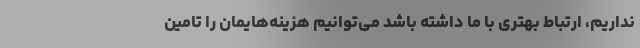
نداریم، ارتباط بهتری با ما داشته باشد می‌توانیم هزینه‌هایمان را تامین